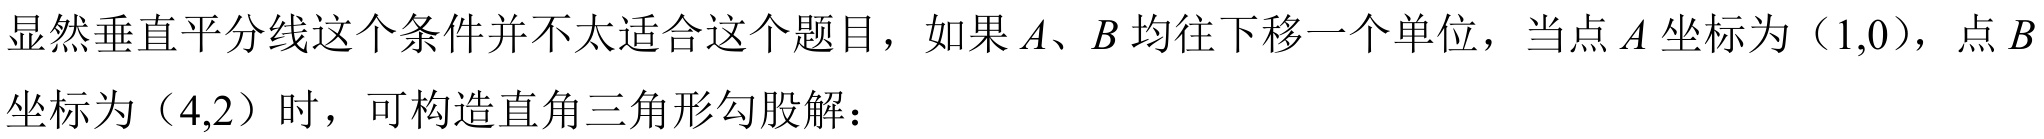
显然垂直平分线这个条件并不太适合这个题目，如果\(A、B\)均往下移一个单位，当点\(A\)坐标为（\(1,0\)），点\(B\)
坐标为（\(4,2\)）时，可构造直角三角形勾股解：